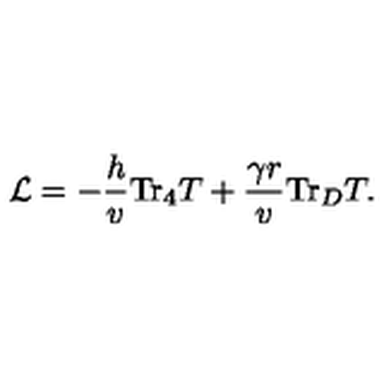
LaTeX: { \cal L } = - \frac { h } { v } \mathrm { T r } _ { 4 } T + \frac { \gamma r } { v } \mathrm { T r } _ { D } T .